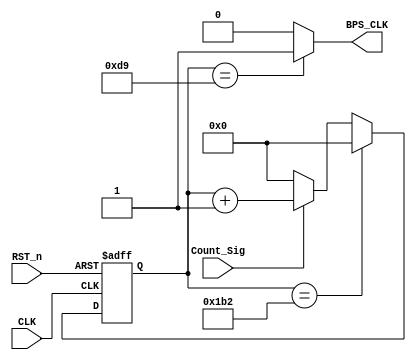
`timescale 1ns / 1ps
//////////////////////////////////////////////////////////////////////////////////
// Company: 
// Engineer: 
// 
// Design Name: 
// Module Name:    tx_bps_module 
// Project Name: 
// Target Devices: 
// Tool versions: 
// Description: 
//
// Dependencies: 
//
// Revision: 
// Revision 0.01 - File Created
// Additional Comments: 
//
//////////////////////////////////////////////////////////////////////////////////
module tx_bps_module
#(parameter BPS = 13'd434)
(
    CLK,
    RST_n,
    Count_Sig,
    BPS_CLK
);
    
    input CLK;
    input RST_n;
    
    input Count_Sig;
    output BPS_CLK;
    
    reg [12:0]Count_BPS;
    
    always @(posedge CLK or negedge RST_n) begin
        if (!RST_n)
            Count_BPS <= 13'd0;
        else if (Count_BPS == BPS)
            Count_BPS <= 13'd0;
        else if (Count_Sig)
            Count_BPS <= Count_BPS + 1'b1;
        else
            Count_BPS <= 13'd0;
    end
    
    assign BPS_CLK = (Count_BPS == (BPS>>1)) ? 1'b1: 1'b0;

endmodule